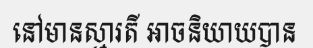
នៅមានស្មារតី អាចនិយាយបាន